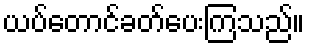
ယပ်တောင်ခတ်ပေးကြသည်။